Tezpur Lunatic Asylum reports 1877-1894 - 1877-1894
Year: 1877
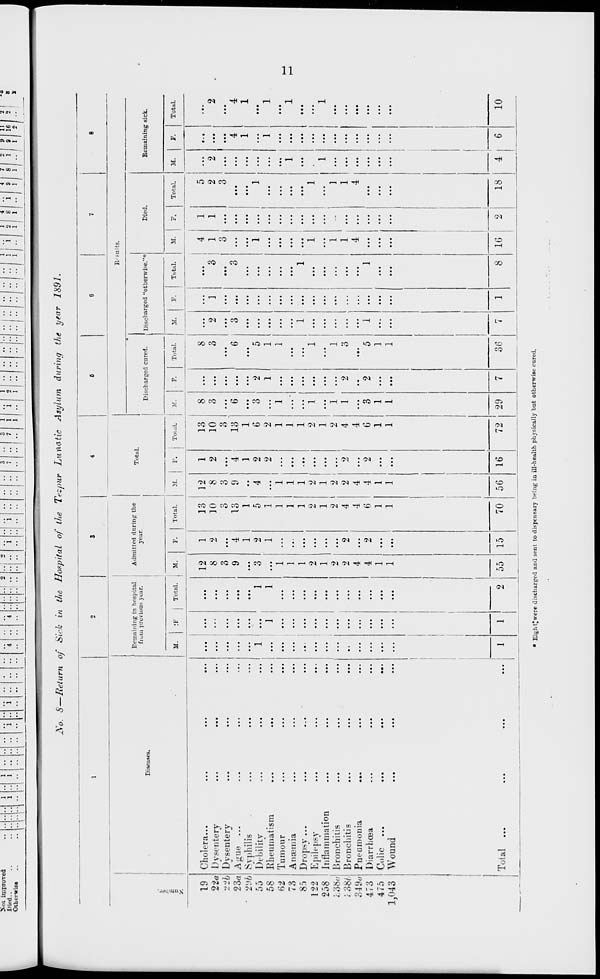
Sot improved
Died..
::|::
l
l
..1 l
'• l
1 •- 1
4 ••
4
••! 2
i • • i
3 1 .
7 1 . 1 3
7
1 1
1
1
i
-
2 ..
..
::|::|::|::|::|::|::| i| i r|
4
8
1
i
''\ *l n ■ ! ' l ij ■•a
8
Otherwise
1
..
..
.. ..
.
l
J
\-{~ I - [ -1 --f 1 M
^
1
No. S—Return of Sick in the Hospital of the Tezpur Lunatic Asylum during the year 1891.
1
2
3
4
6
6
7
8
Bemnining in hospital
Admitted during the
TVitoI
R' salts.
from previous year.
year
c
Diseases.
Discharged cured.
Discharged "otherwise."*
Diet .
Remaining sick.
M.
IF
Total.
M.
p.
Total.
M.
P.
Total.
M.
- F.
Total.
M.
F.
Total.
M.
F.
Total.
M.
F.
Total.
19 Cholera...
12
1
13 12
1
13
8
8
i
4
1
5
• •.
22a Dysentery
...
...
...
...
...
...
8
2
10
'8
2
10
3 ...
o
O
2
1
3
1
1
2
2 ...
2
lib Dysentery
...
...
...
...
...
...
3 ...
o
O
3 ...
3 ... ...
...
...
...
...
o
3 ... ...
...
23a Ague ...
...
...
•».
...
...
9
4
13
9
4
13
6 ...
6
3 ...
o
O
...
...
...
4
4
• 2% Syphilis
...
...
...
1
1
..
1
1 ... ...
...
...
...
...
...
...
...
1
1
55 Debility
...
...
1 ...
1
3
2
5
4
2
6
3
2
5 ... ...
...
1
1 ... ...
...
58 Rheumatism
...
...
...
...
J
1 ...
1
1 ...
2
2 ...
1
1 ... ...
...
...
...
1
1
H2 Tumour
...
...
...
...
1
1
1 ...
1
1 ...
1 ... ...
...
...
...
...
...
...
73 Ansemia
...
...
...
...
1
1
1 ...
1 ... ■ ...
...
...
...
...
...
...
1 ...
1
85 Dropsy...
...
...
...
. • •
1 ...
1
1 ...
1 ... ...
...
1 ...
1 ...
...
...
...
...
122 Epilepsy
...
...
...
...
...
...
2 ...
2
2 ...
2
1 ...
1 ... ...
...
1
1 .
...
...
258 Inflammation
...
...
...
...
...
1 ...
1
1 ...
1 ... ...
...
...
...
...
...
...
1 ...
1
i/d&c Bronchitis
...
...
...
2 ...
2
2 ...
2
1 ...
1 ... ...
...
1
1 ... ...
...
:- 38/. Bronchitis
...
...
...
...
2
2
4
2
2
4
1
2
3 ■" i
...
1
1 ... ...
...
349c; Pneumonia
• ••
...
...
...
4 ...
4
4 ...
4 ... ..
...
...
4
4 ... ...
.«•
473 Diarrhoea
...
...
...
4
2
6
4
2
6
3
2
5
1 ...
1 ...
...
...
...
...
475 Colic
...
...
...
...
...
1 ...
1
1 ...
1
1 ...
1 ... ...
...
...
...
...
...
1,043 Wound
1
1
1
1
1
1
i
1
Total ...
...
...
...
1
1
2 55 15
70 56 16
72 29
7
36
7
1
8 16
2
18
I
4
6
10
• Eight'were discharged and sent to dispensary being in ill-health physically bnt otherwise cured.